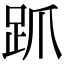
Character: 𬦦